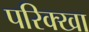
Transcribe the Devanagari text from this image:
परिक्खा